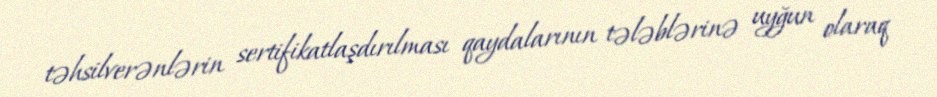
təhsilverənlərin sertifikatlaşdırılması qaydalarının tələblərinə uyğun olaraq